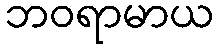
ဘဝရာမာယ